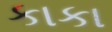
કાકા